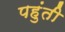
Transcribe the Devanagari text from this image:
पहुंती